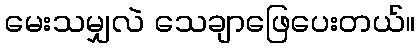
မေးသမျှလဲ သေချာဖြေပေးတယ်။